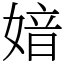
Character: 㛺